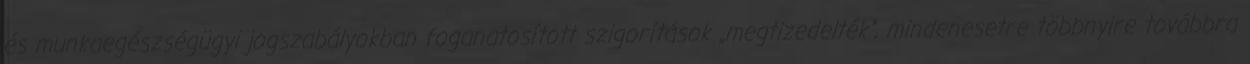
és munkaegészségügyi jogszabályokban foganatosított szigorítások „megtizedelték”, mindenesetre többnyire továbbra